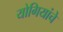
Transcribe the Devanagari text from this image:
योगियांचे